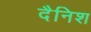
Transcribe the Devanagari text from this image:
दैनिश